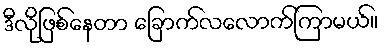
ဒီလိုဖြစ်နေတာ ခြောက်လလောက်ကြာမယ်။